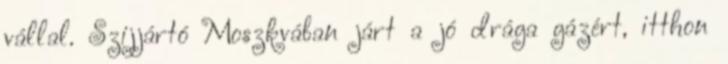
vállal. Szijjártó Moszkvában járt a jó drága gázért, itthon